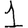
Digit: 1